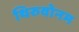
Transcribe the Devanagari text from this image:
थिरुवोनम